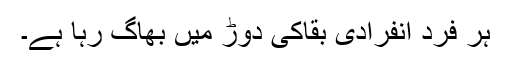
ہر فرد انفرادی بقاکی دوڑ میں بھاگ رہا ہے۔